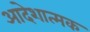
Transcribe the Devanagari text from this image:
आदेशात्‍मक